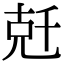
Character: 兛